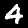
Digit: 4